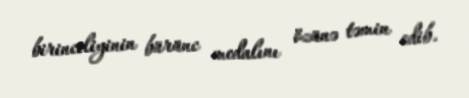
birinciliyinin bürünc medalını özünə təmin edib.